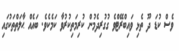
ވެސް ކުޑަ ދޫ ތެޅި ވައިބްރޭޓްވެ ގުގުރިދެމުން ކުރިމަތިކުރުވާ ކަމެކެވެ. ބައެއް ޙާލަތްތަކުގައި